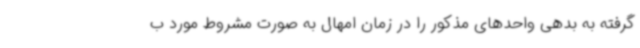
گرفته به بدهی واحدهای مذکور را در زمان امهال به صورت مشروط مورد ب